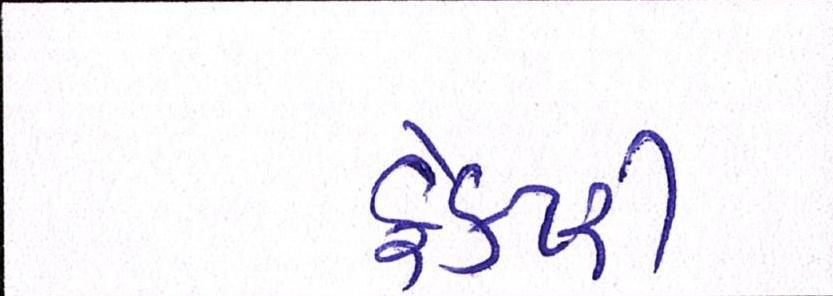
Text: ફેક્ટરી